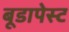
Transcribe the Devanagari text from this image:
बूडापेस्ट